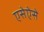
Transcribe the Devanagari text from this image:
एसेऐसे